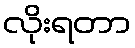
လိုးရတာ